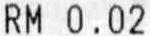
RM 0.02